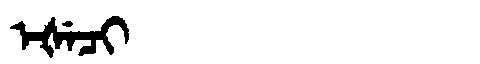
Manchu: ᡝᡧᡝᠴᡳ
Romanization: EŠECI